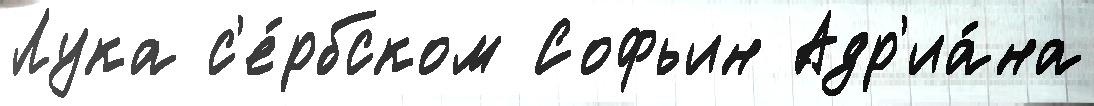
Лука с'е́рбском Софьин Адр'иа́на